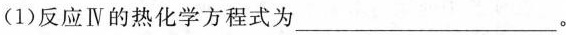
(1)反应Ⅳ的热化学方程式为___。